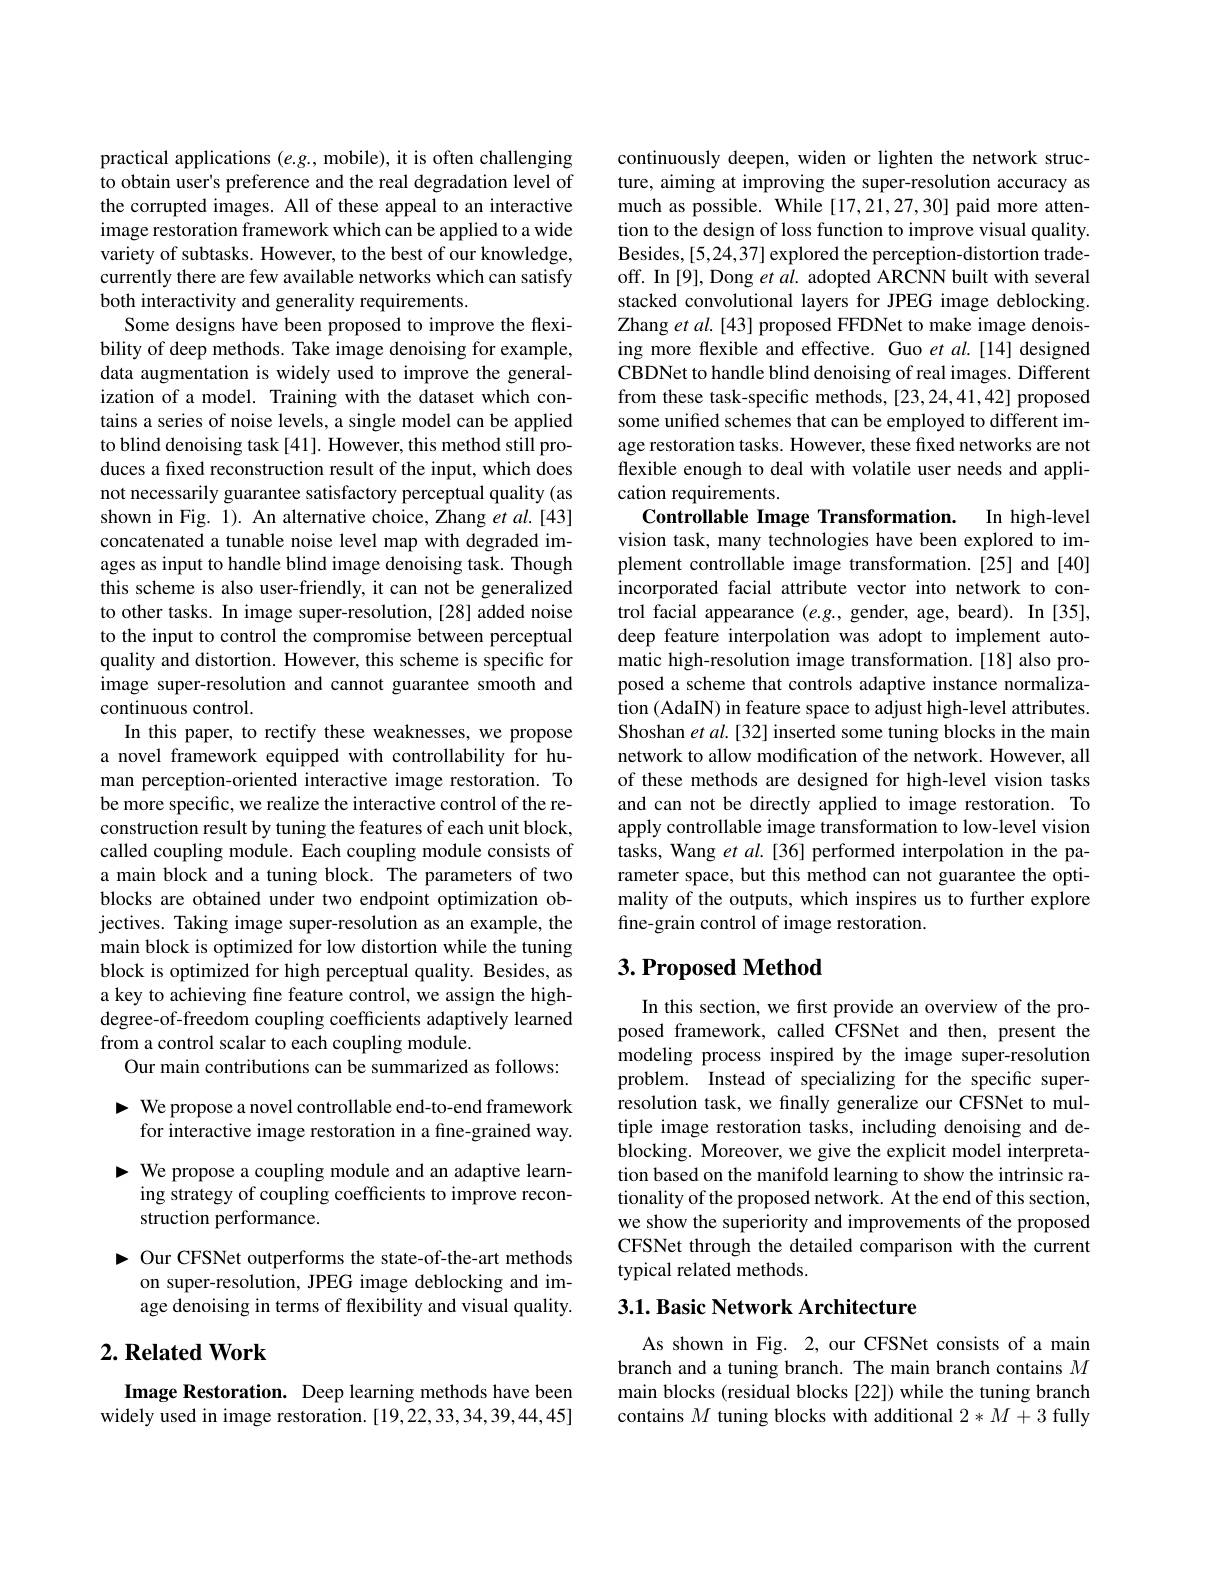
practical applications $(e.g.$, mobile), it is often challenging to obtain user's preference and the real degradation level of the corrupted images. All of these appeal to an interactive image restoration framework which can be applied to a wide variety of subtasks. However, to the best of our knowledge, currently there are few available networks which can satisfy both interactivity and generality requirements.
Some designs have been proposed to improve the flexibility of deep methods. Take image denoising for example, data augmentation is widely used to improve the generalization of a model. Training with the dataset which contains a series of noise levels, a single model can be applied to blind denoising task [41]. However, this method still produces a fixed reconstruction result of the input, which does not necessarily guarantee satisfactory perceptual quality (as shown in Fig. 1). An alternative choice, Zhang et al.[43] concatenated a tunable noise level map with degraded images as input to handle blind image denoising task. Though this scheme is also user-friendly, it can not be generalized to other tasks. In image super-resolution, [28] added noise to the input to control the compromise between perceptual quality and distortion. However, this scheme is specific for image super-resolution and cannot guarantee smooth and continuous control.
In this paper, to rectify these weaknesses, we propose a novel framework equipped with controllability for human perception-oriented interactive image restoration. To be more specific, we realize the interactive control of the reconstruction result by tuning the features of each unit block, called coupling module. Each coupling module consists of a main block and a tuning block. The parameters of two blocks are obtained under two endpoint optimization objectives. Taking image super-resolution as an example, the main block is optimized for low distortion while the tuning block is optimized for high perceptual quality. Besides, as a key to achieving fine feature control, we assign the highdegree-of-freedom coupling coefficients adaptively learned from a control scalar to each coupling module.
Our main contributions can be summarized as follows: - We propose a novel controllable end-to-end framework
for interactive image restoration in a fine-grained way.

- We propose a coupling module and an adaptive learn-
ing strategy of coupling coefficients to improve recon-
struction performance.

$►$ Our CFSNet outperforms the state-of-the-art methods
on super-resolution, JPEG image deblocking and image denoising in terms of flexibility and visual quality.

## $2. \textbf{Related Work}$

Image Restoration. Deep learning methods have been widely used in image restoration.[19,22,33,34,39,44,45]

continuously deepen, widen or lighten the network structure, aiming at improving the super-resolution accuracy as much as possible. While [17,21,27,30] paid more attention to the design of loss function to improve visual quality. Besides,[5,24,37] explored the perception-distortion tradeoff. In [9], Dong et al. adopted ARCNN built with several stacked convolutional layers for JPEG image deblocking Zhang et al. [43] proposed FFDNet to make image denoising more flexible and effective. Guo et al.[14] designed CBDNet to handle blind denoising of real images. Different from these task-specific methods, [23,24,41,42] proposed some unified schemes that can be employed to different image restoration tasks. However, these fixed networks are not flexible enough to deal with volatile user needs and application requirements.

In high-level
Controllable Image Transformation.
vision task, many technologies have been explored to implement controllable image transformation.[25] and [40] incorporated facial attribute vector into network to control facial appearance $(e.g.$, gender, age, beard). In [35], deep feature interpolation was adopt to implement automatic high-resolution image transformation.[18] also proposed a scheme that controls adaptive instance normalization (AdaIN) in feature space to adjust high-level attributes. Shoshan et al. [32] inserted some tuning blocks in the main network to allow modification of the network. However, all of these methods are designed for high-level vision tasks and can not be directly applied to image restoration. To apply controllable image transformation to low-level vision tasks, Wang et al.[36] performed interpolation in the parameter space, but this method can not guarantee the optimality of the outputs, which inspires us to further explore fine-grain control of image restoration.

## $3. \textbf{Proposed Method}$

In this section, we first provide an overview of the proposed framework, called CFSNet and then, present the modeling process inspired by the image super-resolution problem. Instead of specializing for the specific superresolution task, we finally generalize our CFSNet to multiple image restoration tasks, including denoising and deblocking. Moreover, we give the explicit model interpretation based on the manifold learning to show the intrinsic rationality of the proposed network. At the end of this section, we show the superiority and improvements of the proposed CFSNet through the detailed comparison with the current typical related methods.

## 3.1. Basic Network Architecture

As shown in Fig. 2, our CFSNet consists of a main branch and a tuning branch. The main branch contains $M$ main blocks (residual blocks [22]) while the tuning branch contains $M$ tuning blocks with additional 2* M+ 3 fully